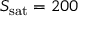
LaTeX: S _ { \mathrm { s a t } } = 2 0 0